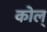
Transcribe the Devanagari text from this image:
कोल्